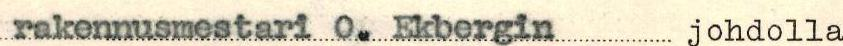
rakennusmestari O. Ekbergin johdolla